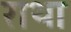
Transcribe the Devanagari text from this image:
राथा